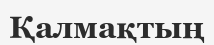
Қалмақтың